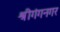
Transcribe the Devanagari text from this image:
श्रीगंगनगर